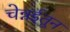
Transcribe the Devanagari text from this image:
चेन्नईतून